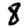
Digit: 8